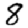
Digit: 8